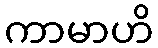
ကာမာဟိ